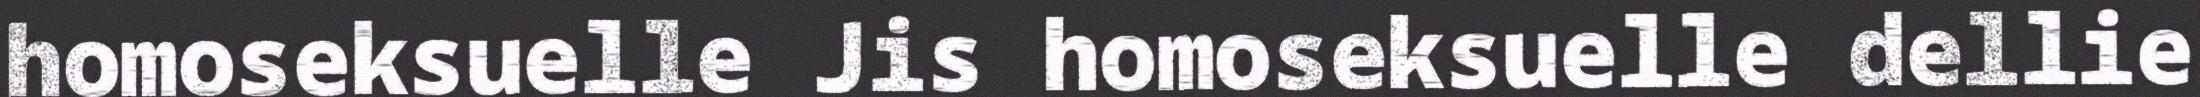
homoseksuelle Jis homoseksuelle dellie